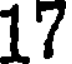
17